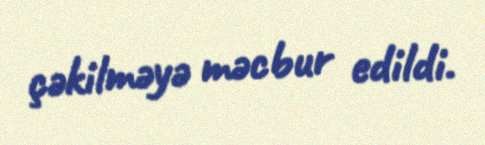
çəkilməyə məcbur edildi.